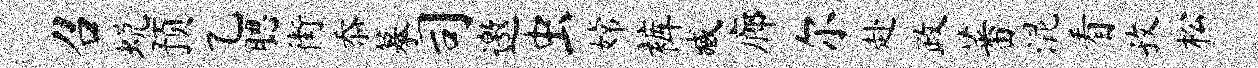
召蜕预乙腮街忝摹司邀虫嫦裤臧廊尔赴政蕃混看孜松